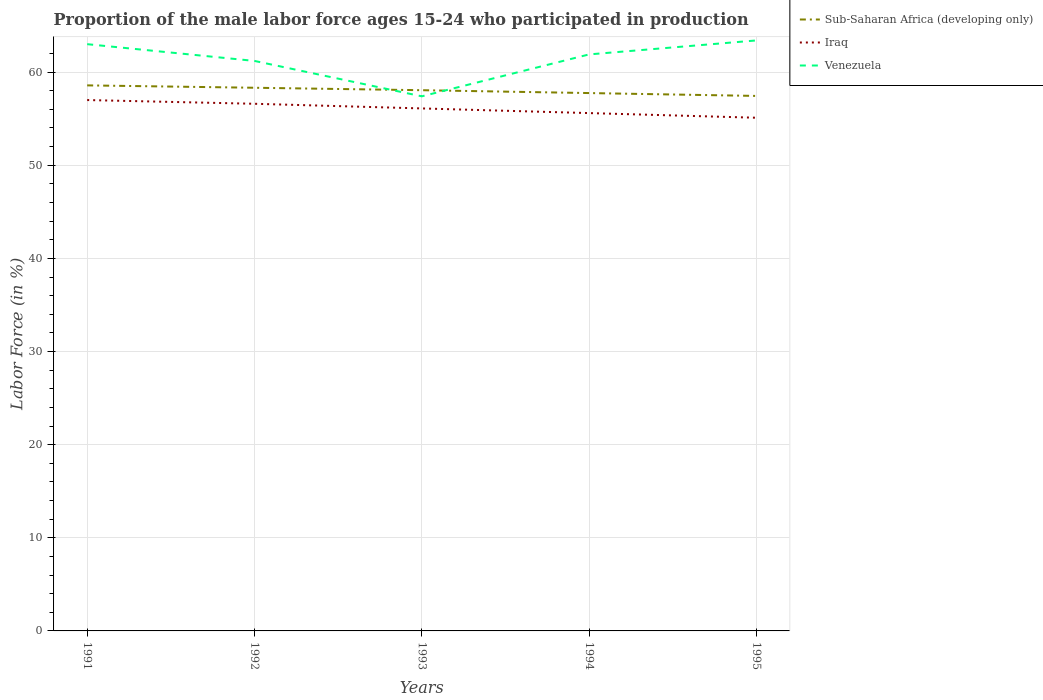
| Years | Sub-Saharan Africa (developing only) | Iraq | Venezuela |
 | --- | --- | --- | --- |
 | 1991 | 58.6 | 57 | 63 |
 | 1992 | 58.3 | 56.6 | 61.2 |
 | 1993 | 58.1 | 56.1 | 57.4 |
 | 1994 | 57.7 | 55.6 | 61.9 |
 | 1995 | 57.4 | 55.1 | 63.4 |